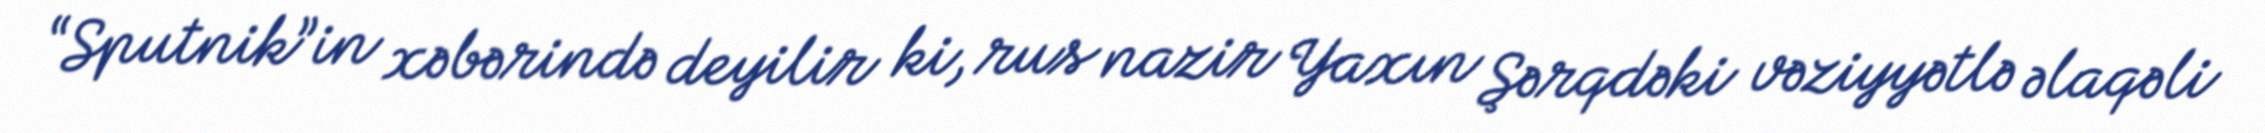
“Sputnik”in xəbərində deyilir ki, rus nazir Yaxın Şərqdəki vəziyyətlə əlaqəli